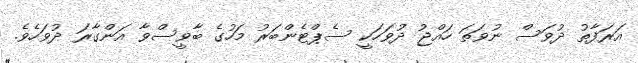
އަރަފާތު ދުވަސް ނުވަތަ ހައްޖު ދުވަހަކީ ސެޕްޓެންބަރު މަހުގެ ބާވީސްވާ އަންގާރަ ދުވަހެވެ.